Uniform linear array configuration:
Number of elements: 32
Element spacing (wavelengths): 0.25
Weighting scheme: blackman
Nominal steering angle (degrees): -15
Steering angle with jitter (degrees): -16.683
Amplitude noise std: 0.05
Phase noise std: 0.05

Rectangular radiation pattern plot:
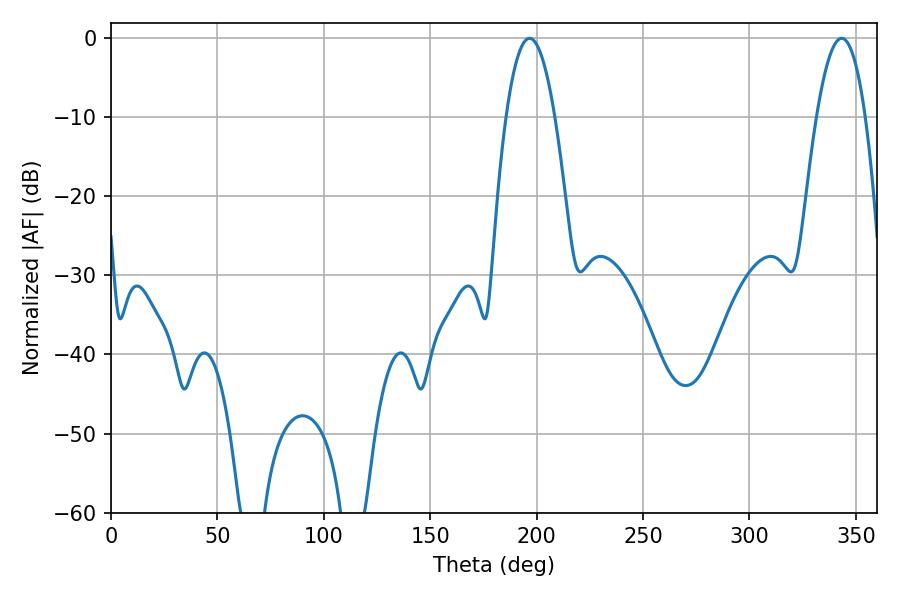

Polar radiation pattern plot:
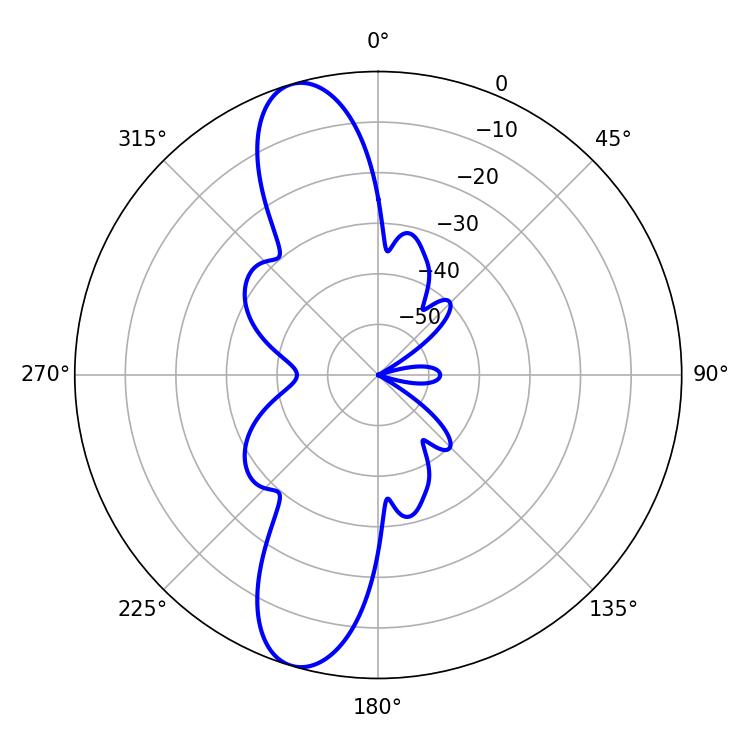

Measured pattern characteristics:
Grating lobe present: FALSE
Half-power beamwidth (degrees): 12.6
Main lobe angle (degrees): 196.74